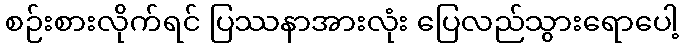
စဉ်းစားလိုက်ရင် ပြဿနာအားလုံး ပြေလည်သွားရောပေါ့